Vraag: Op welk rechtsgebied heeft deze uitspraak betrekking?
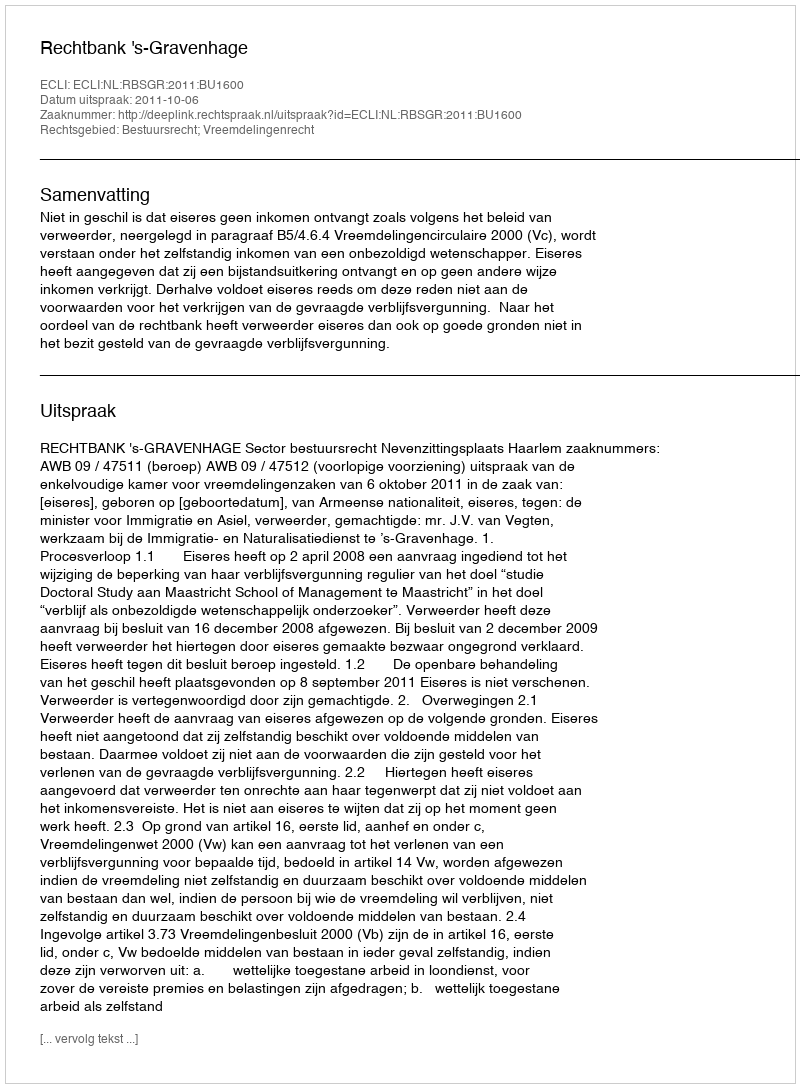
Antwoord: Bestuursrecht; Vreemdelingenrecht